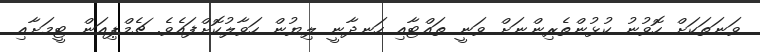
ވަނަތަކަށް ހޮވުނު ކުޅުންތެރިންނަށް ވަނީ ތައްޓާއި ހަނދާނީ ލިޔުން ހަވާލުކޮށްފައެވެ. ޗެމްޕިއަން ޓީމަށާއި